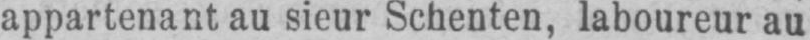
appartenant au sieur Schenten, laboureur au